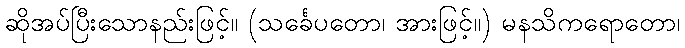
ဆိုအပ်ပြီးသောနည်းဖြင့်။ (သင်္ခေပတော၊ အားဖြင့်။) မနသိကရောတော၊